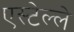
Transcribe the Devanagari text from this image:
एस्टेल्ले